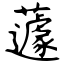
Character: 蘧